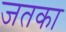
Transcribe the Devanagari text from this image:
जतका